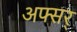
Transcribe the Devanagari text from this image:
अफ्सर्